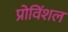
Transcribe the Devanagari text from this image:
प्रोविंशल